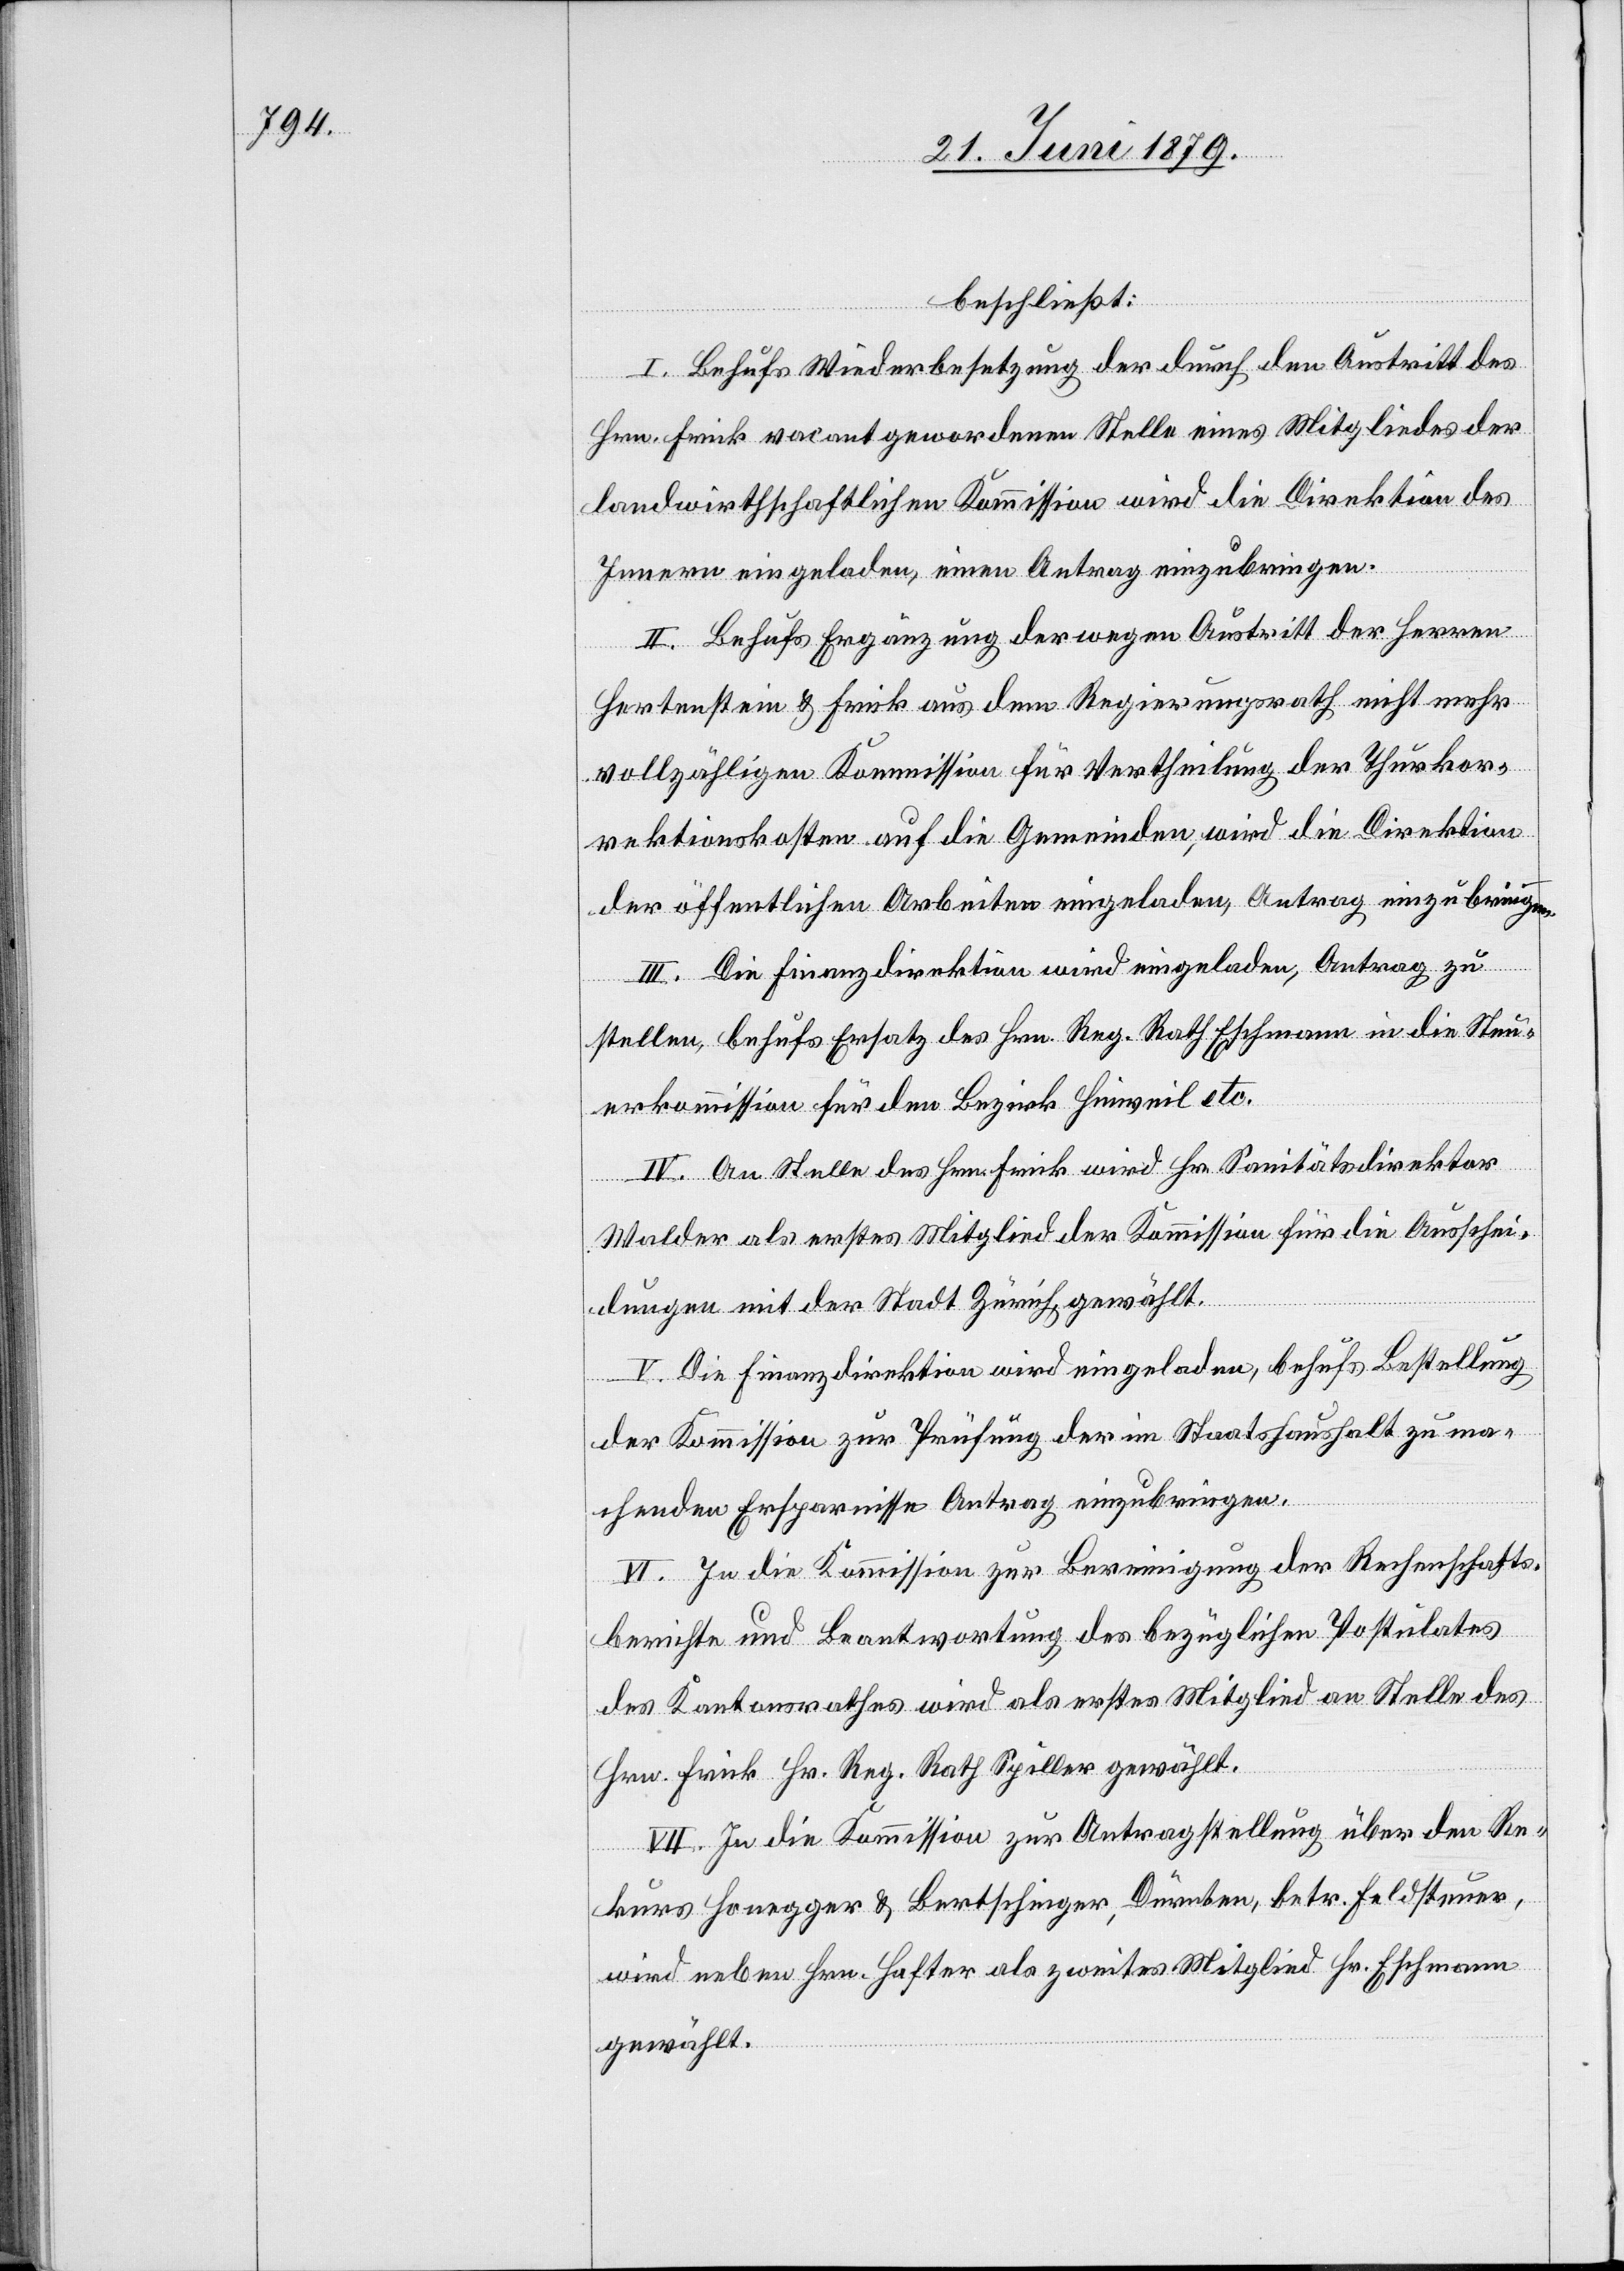
beschließt:
I. Behufs Wiederbesetzung der durch den Austritt des
Hrn. Frick vacant gewordenen Stelle eines Mitgliedes der
landwirthschaftlichen Kommission wird die Direktion des
Innern eingeladen, einen Antrag einzubringen.
II. Behufs Ergänzung der wegen Austritt der Herren
Hertenstein & Frick aus dem Regierungsrath nicht mehr
vollzähligen Kommission für Vertheilung der Thurkor¬
rektionskosten auf die Gemeinden, wird die Direktion
der öffentlichen Arbeiten eingeladen, Antrag einzubringen.
III. Die Finanzdirektion wird eingeladen, Antrag zu
stellen, behufs Ersatz des Hrn. Reg. Rath Eschmann in die Steu¬
erkommission für den Bezirk Hinweil etc.
IV. An Stelle des Hrn. Frick wird Hr. Sanitätsdirektor
Walder als erstes Mitglied der Kommission für die Ausschei¬
dungen mit der Stadt Zürich gewählt.
V. Die Finanzdirektion wird eingeladen, behufs Bestellung
der Kommission zur Prüfung der im Staatshaushalt zu ma¬
chenden Ersparnisse Antrag einzubringen.
VI. In die Kommission zur Bereinigung der Rechenschafts¬
berichte und Beantwortung des bezüglichen Postulates
des Kantonsrathes wird als erstes Mitglied an Stelle des
Hrn. Frick Hr. Reg. Rath Spiller gewählt.
VII. In die Kommission zur Antragstellung über den Re¬
kurs Honegger & Bertschinger, Dürnten, betr. Feldsteuer,
wird neben Hrn. Hafter als zweites Mitglied Hr. Eschmann
gewählt.